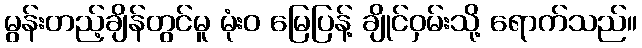
မွန်းတည့်ချိန်တွင်မူ မုံးဝ မြေပြန့် ချိုင်ဝှမ်းသို့ ရောက်သည်။